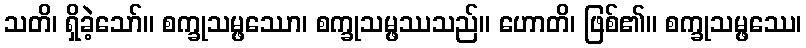
သတိ၊ ရှိခဲ့သော်။ စက္ခုသမ္ဖဿော၊ စက္ခုသမ္ဖဿသည်။ ဟောတိ၊ ဖြစ်၏။ စက္ခုသမ္ဖဿေ၊